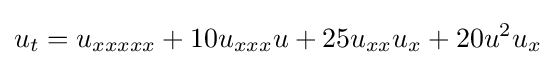
\displaystyle u_{t}=u_{xxxxx}+10u_{xxx}u+25u_{xx}u_{x}+20u^{2}u_{x}